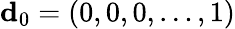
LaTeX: {\mathbf d}_{0}=(0,0,0,\dots,1)